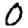
Digit: 0